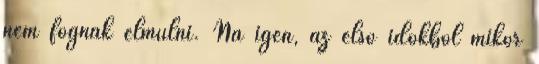
nem fognak elmúlni. Na igen, az első időkből mikor